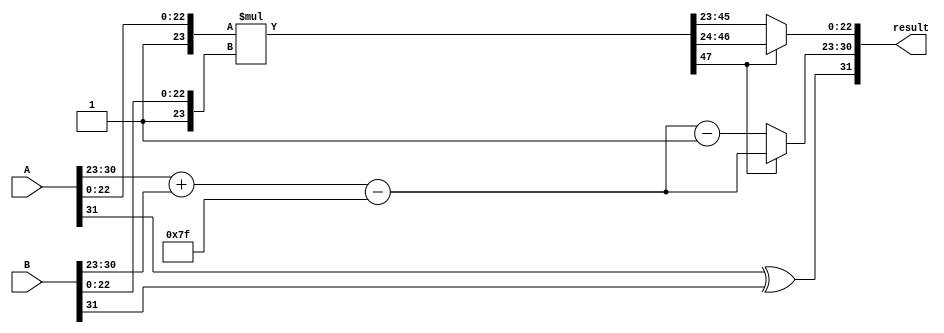
module floating_point_multiplier (
    input [31:0] A, // First floating-point number
    input [31:0] B, // Second floating-point number
    output [31:0] result // Resulting floating-point number
);
    // Constants
    localparam EXPONENT_BIAS = 127;
    localparam MANTISSA_WIDTH = 23;

    // Extract sign, exponent, and mantissa
    wire sign_A = A[31];
    wire sign_B = B[31];
    wire [7:0] exponent_A = A[30:23];
    wire [7:0] exponent_B = B[30:23];
    wire [23:0] mantissa_A = {1'b1, A[22:0]}; // Implicit leading 1 for normalized values
    wire [23:0] mantissa_B = {1'b1, B[22:0]}; // Implicit leading 1 for normalized values

    // Sign of the result
    wire sign_result = sign_A ^ sign_B;

    // Exponent addition
    wire [8:0] exponent_sum = {1'b0, exponent_A} + {1'b0, exponent_B} - EXPONENT_BIAS;

    // Mantissa multiplication
    wire [47:0] mantissa_product = mantissa_A * mantissa_B; // 24x24 -> 48 bits

    // Normalize the result
    reg [7:0] exponent_result;
    reg [23:0] mantissa_result;

    always @(*) begin
        // Normalization logic
        if (mantissa_product[47] == 1'b1) begin
            // Already normalized
            mantissa_result = mantissa_product[47:24]; // Take the top 24 bits
            exponent_result = exponent_sum[7:0];  // Use the exponent directly
        end else begin
            // Need to shift right
            mantissa_result = mantissa_product[46:23]; // Shift right
            exponent_result = exponent_sum[7:0] - 1; // Decrement exponent
        end
    end

    // Assemble result
    assign result = {sign_result, exponent_result, mantissa_result[22:0]}; // Take 23 bits

endmodule